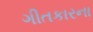
ગીતકારના